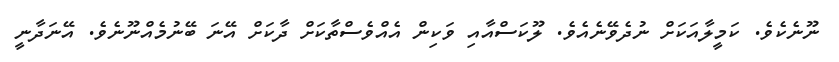
ނޫނެކެވެ. ކަމީލާއަކަށް ނުދެވޭނެއެވެ. ލޫކަސްއާއި ވަކިން އެއްވެސްތާކަށް ދާކަށް އޭނަ ބޭނުމެއްނޫނެވެ. އޭނަދާނީ